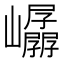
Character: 𫶤